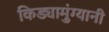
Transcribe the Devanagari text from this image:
किड्यामुंग्यानी